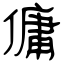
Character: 傭